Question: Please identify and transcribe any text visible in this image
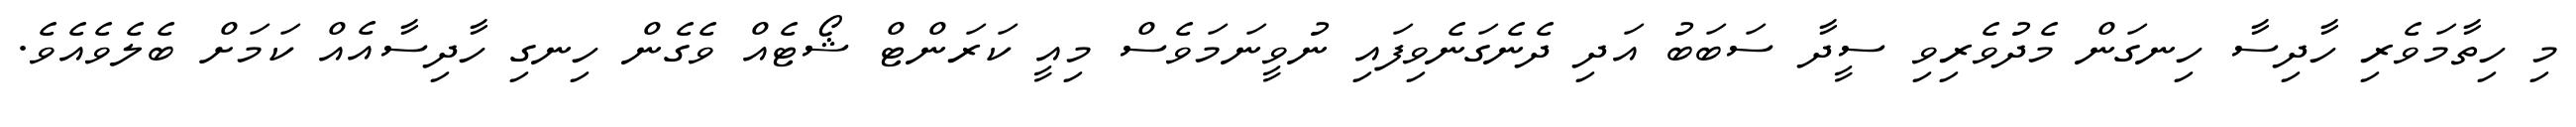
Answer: މި ހިތާމަވެރި ހާދިސާ ހިނގަން މެދުވެރިވި ސީދާ ސަބަބު އަދި ދެނެގަނެވިފައި ނުވީނަމަވެސް މިއީ ކަރަންޓް ޝޯޓެއް ވެގެން ހިނގި ހާދިސާއެއް ކަމަށް ބެލެވެއެވެ.